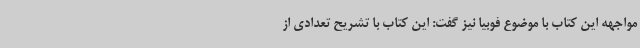
مواجهه این کتاب با موضوع فوبیا نیز گفت: این کتاب با تشریح تعدادی از